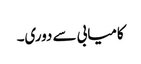
کامیابی سے دوری۔